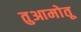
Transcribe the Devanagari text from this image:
तुआमोतू